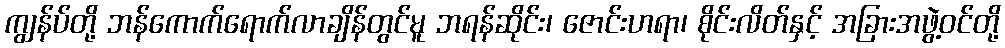
ကျွန်ပ်တို့ ဘန်ကောက်ရောက်လာချိန်တွင်မူ ဘရန်ဆိုင်း၊ ဇောင်းဟရာ၊ စိုင်းလိတ်နှင့် အခြားအဖွဲ့ဝင်တို့